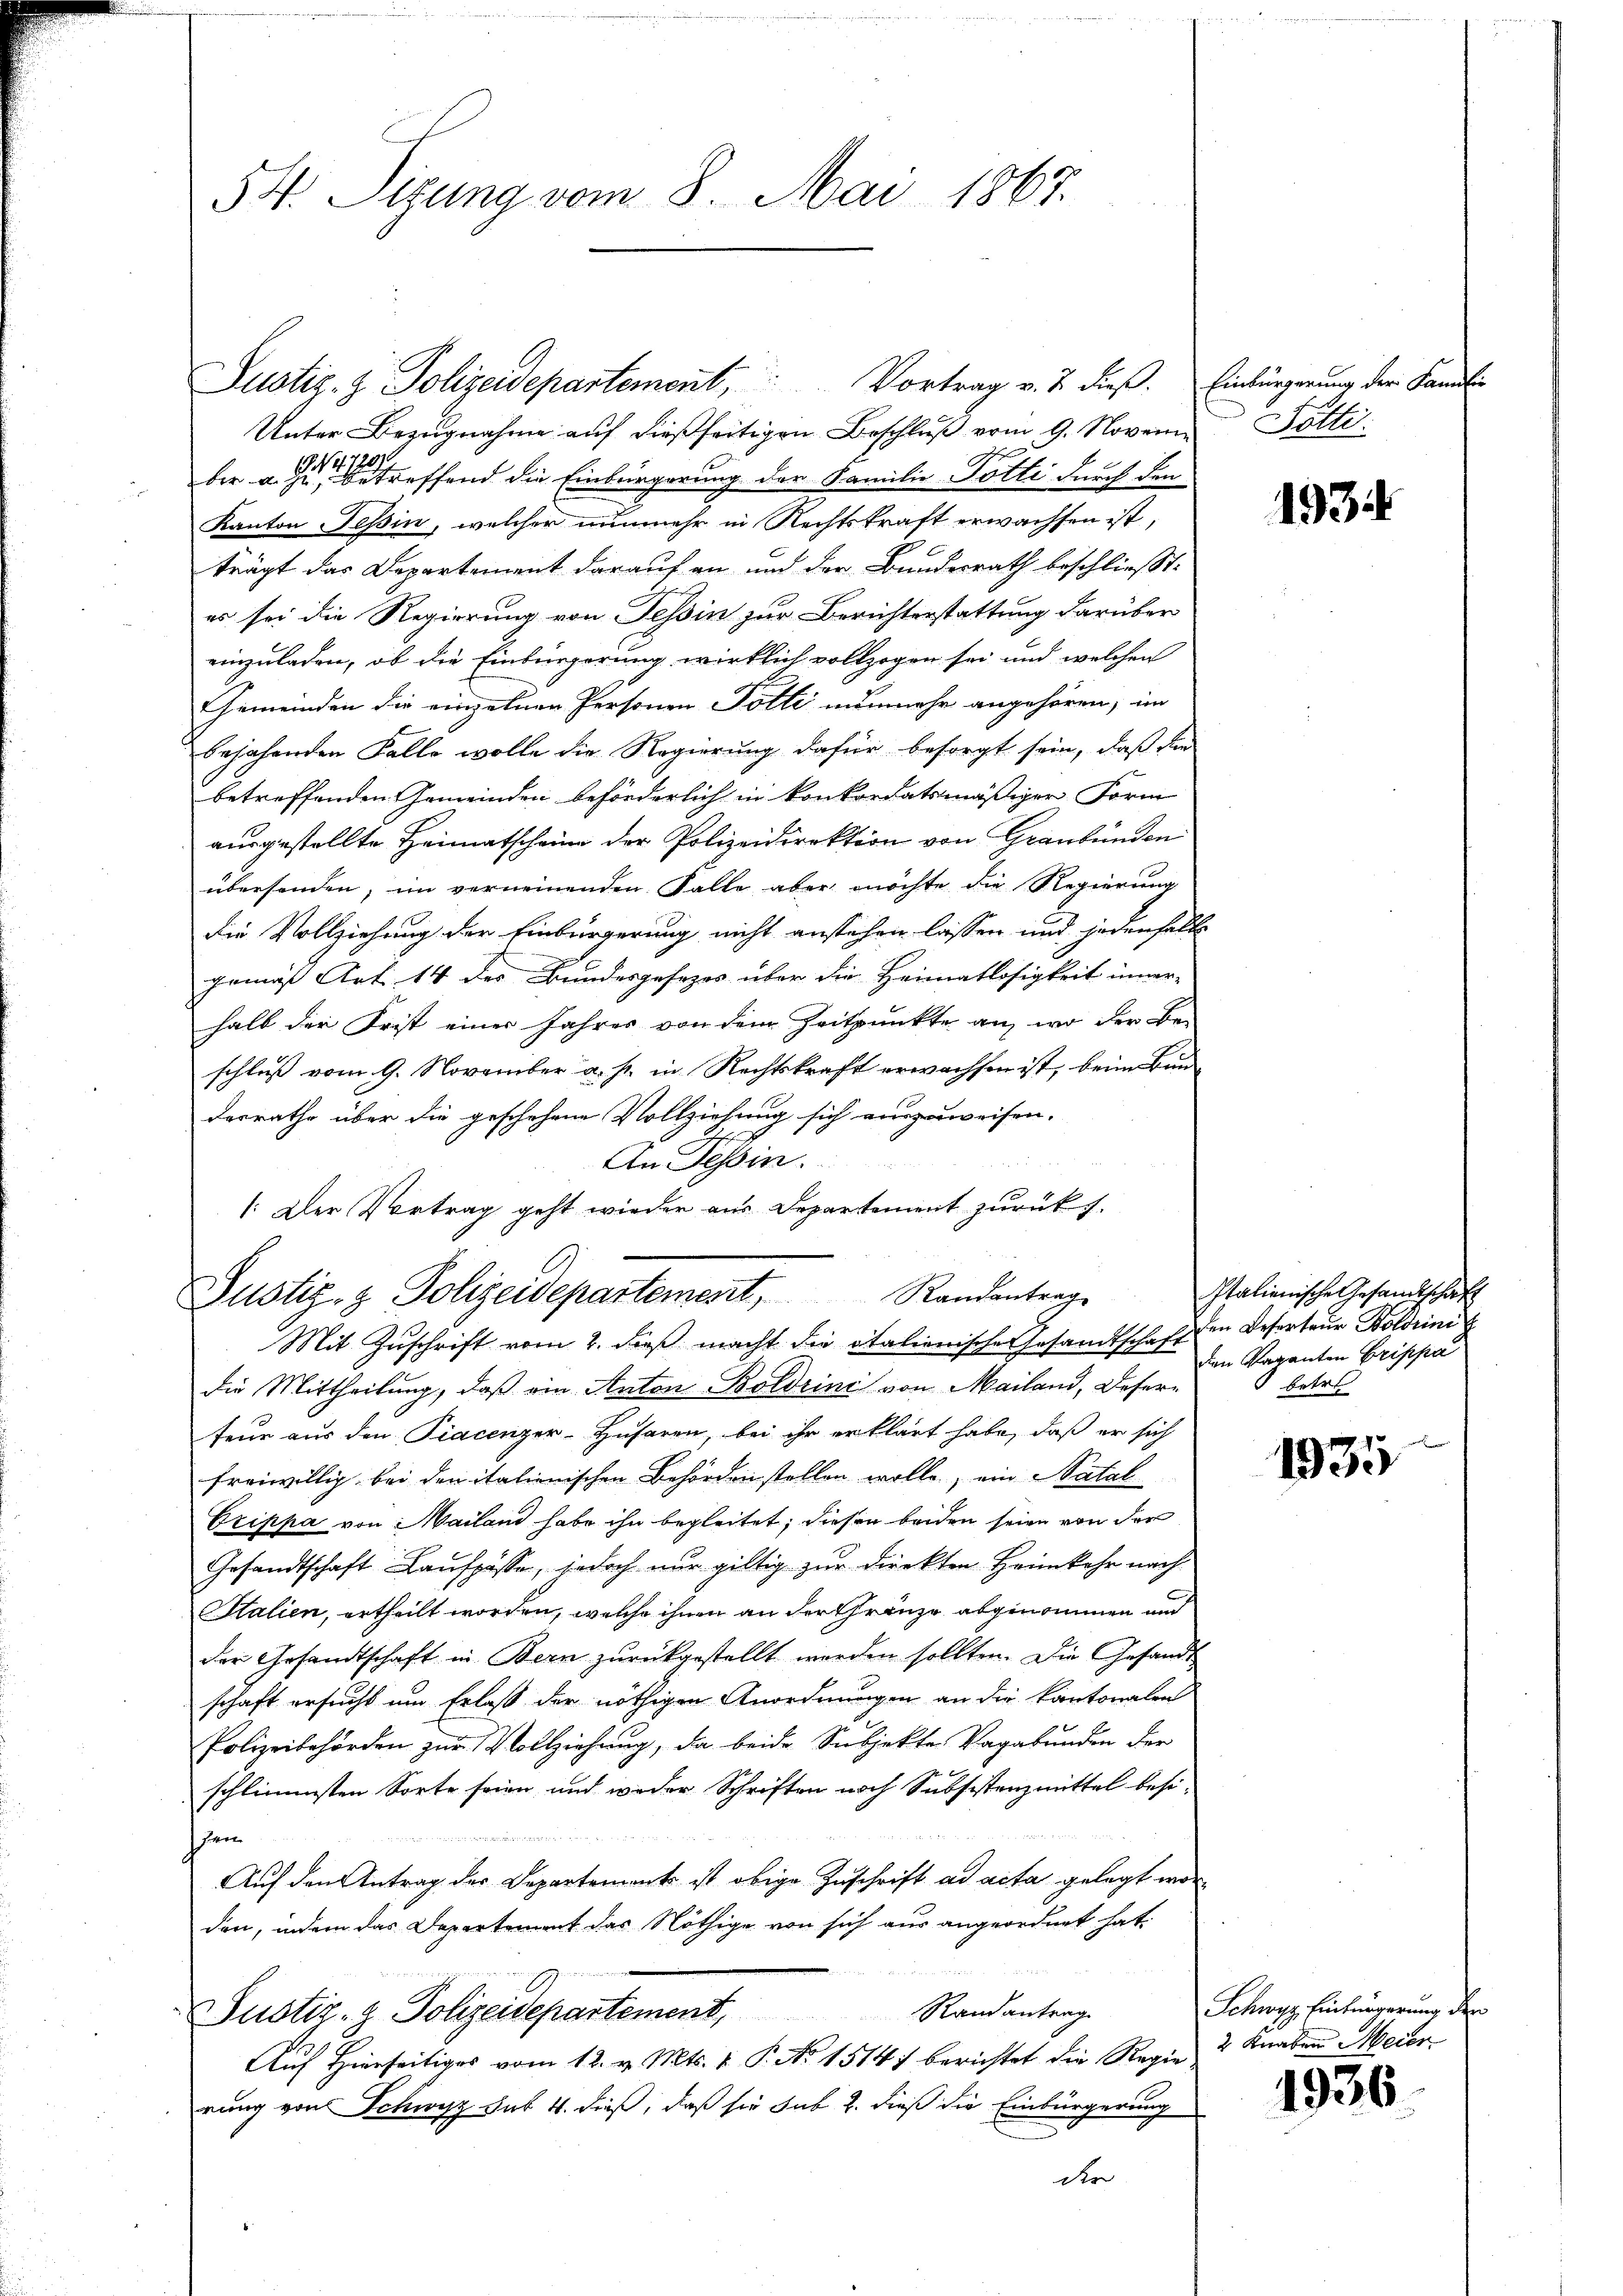
54. Sizung vom 8. Mai 1867.

Unter Bezugnahme auf dießseitigen Beschluß vom 9. November an eine betreffend die Einbürgerung der Familie Totte durch den
Kanton Tessin, welcher nunmehr in Rechtskraft erwachsen ist,
trägt das Departement darauf an und der Bundesrath beschließt:
es sei die Regierung von Tessin zur Berichterstattung darüber
einzuladen, ob die Einbürgerung wirklich vollzogen sei und welchen
Gemeinden die einzelnen Personen Polli nunmehr angehören, im
bejahenden Falle wolle die Regierung dafür besorgt sein, daß die
betreffenden Gemeinden beförderlich in konkordatsmäßiger Form
ausgestellte Heimatscheine der Polizeidirektion von Graubünden
übersenden, im verneinenden Falle aber möchte die Regierung
die Vollziehung der Einbürgerung nicht anstehen lassen und jedenselbe
gemäß Art. 14 des Bundesgesezes über die Heimatlosigkeit inner-
halb der Frist einer Jahres von dem Zeitpunkte an, wo der Be-
schluß vom 9. November a. p. in Rechtskraft erwachsen ist, beim Bun
derrathe über die geschehene Vollziehung sich einzuweisen.
An Tessin.
1: Der Vortrag geht wieder aus Departement zurückt.
Justiz- & Polizeidepartement, Randantrag
Mit Zuschrift vom 2. dieß macht die italienische Gesandtschaft
die Mittheilung, daß ein Anton Boldrini von Mailand, Desere
teur aus den Piacenzer-Husaren, bei ihr erklärt habe, daß er sich
freiwillig bei den italienischen Behörden stellen wolle, ein Natal
Crippa von Mailand habe ihn begleitet; diesen beiden seien von der
Gesandtschaft Laŭfpässe, jedoch nur giltig zur Direkten Heimkehr nach
Stalien, ertheilt worden, welche ihnen an der Gränze abgenommen und
der Gesandtschaft in Bern zŭrückgestellt werden sollten. Die Gesandt
schaft ersucht um Erlaß der nöthigen Anordnungen an die Kantonalen
Polizeibehörden zur Vollziehung, da beide Subjekte Vagabunden der
schlimmsten Sorte seien und weder Schriften noch Subsistenzmittel besi¬
u
hen
Auf den Antrag des Departement ist obige Zuschrift ad acta gelegt worden, indem das Departement das Nöthige von sich aus angeordnet hat.
Justiz- & Polizeidepartement, Randantrag
Auf Hierseitiges vom 12. v. Mts. v. P. No 1514 berichtet die Regie
rung von Schwyz hat 4. dieß, daß sie sub 2. dieß die Einbürgerung
der

Justiz- & Polizeidepartement, Vortrag v. 7. dieß. Einbürgerung der Famili

Pätti.

1934

Italienische Gesandtschaft
den Reserteur Soldrini
den Vaganten Grippa
betre

1935

Schwyz. Einfürgerung der
2 Knaben Meier

1936.